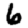
Digit: 6